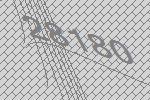
28180